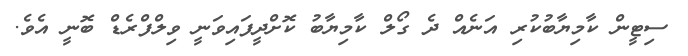
ސިޓީން ކާމިޔާބުކުރި އަނެއް ދެ ގޯލް ކާމިޔާބު ކޮށްދީފައިވަނީ ވިލްފްރެޑް ބޮނީ އެވެ.